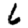
Digit: 6